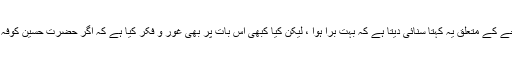
ویسے ہر کوئی اس سانحے کے متعلق یہ کہتا سنائی دیتا ہے کہ بہت بُرا ہوا ، لیکن کیا کبھی اس بات پر بھی غور و فکر کیا ہے کہ اگر حضرت حسینؓ کوفہ چلے جاتے تو کیا ہوتا ؟